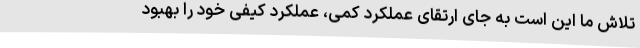
تلاش ما این است به جای ارتقای عملکرد کمی، عملکرد کیفی خود را بهبود